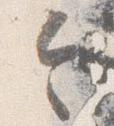
令